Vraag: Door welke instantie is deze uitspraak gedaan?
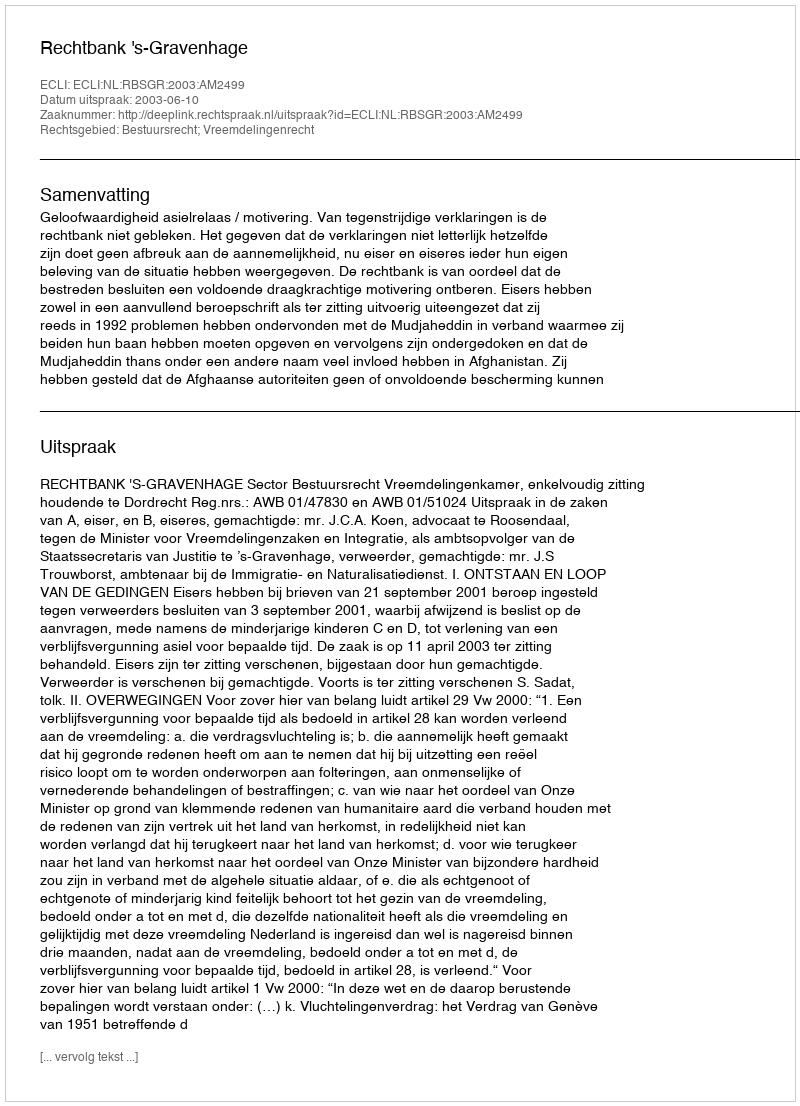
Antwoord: Rechtbank 's-Gravenhage